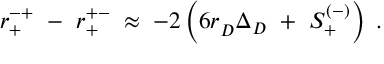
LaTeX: r _ { + } ^ { - + } ~ - ~ r _ { + } ^ { + - } \; \approx \; - 2 \left( 6 r _ { D } ^ { ~ } \Delta _ { D } ~ + ~ S _ { + } ^ { ( - ) } \right) \; .